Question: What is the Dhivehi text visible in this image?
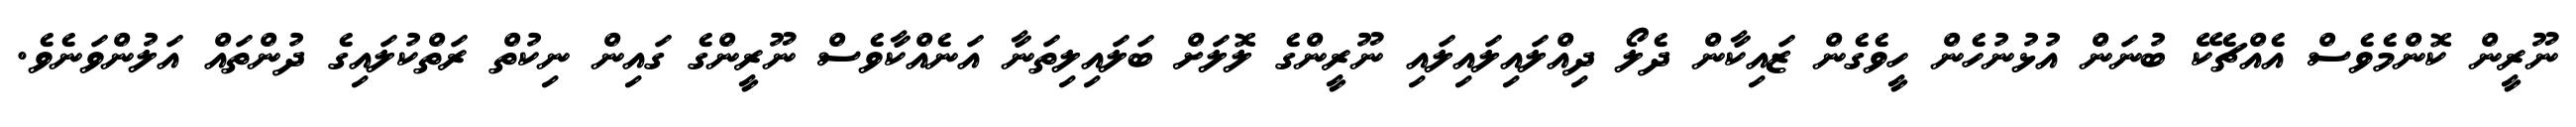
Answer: ނޫރީން ކޮންމެވެސް އެއްޗެކޭ ބުނަން އުޅުނުހެން ހީވެގެން ޒައިކާން ދެލޯ ދިއްލައިލައިލައި ނޫރީންގެ ލޮލަށް ބަލައިލިތަނާ އަނެއްކާވެސް ނޫރީންގެ ގައިން ނިކުތް ރަތްކުލައިގެ ދުންތައް އަލުންވަނެވެ.